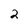
Character: 2